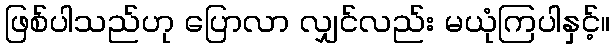
ဖြစ်ပါသည်ဟု ပြောလာ လျှင်လည်း မယုံကြပါနှင့်။